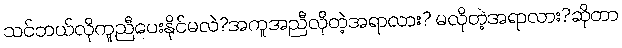
သင်ဘယ်လိုကူညီပေးနိုင်မလဲ?အကူအညီလိုတဲ့အရာလား? မလိုတဲ့အရာလား?ဆိုတာ